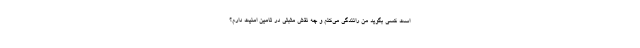
است کسی بگوید من رانندگی می‌کنم و چه نقش مثبتی در تامین امنیت دارم؟